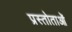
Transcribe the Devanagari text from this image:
प्रस्तोताओं